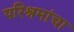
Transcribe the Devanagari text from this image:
परिश्रमांचा